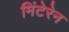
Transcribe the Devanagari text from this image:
मिंटेरेन